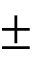
\pm